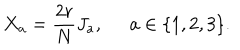
X _ { a } = \frac { 2 r } { N } J _ { a } , \; \; a \in \{ 1 , 2 , 3 \} .